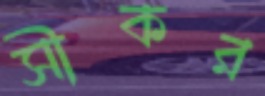
সীকর